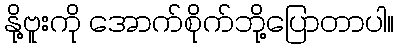
နို့ဗူးကို အောက်စိုက်ဘို့ပြောတာပါ။